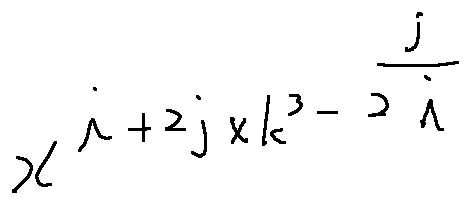
x ^ { i + 2 j \times k ^ { 3 } - \frac { j } { 2 i } }